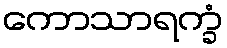
ကောသာရက္ခံ